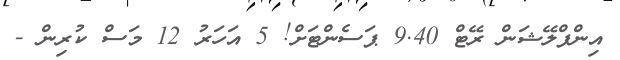
އިންފްލޭޝަން ރޭޓް 9.40 ޕަސެންޓަށް! 5 އަހަރު 12 މަސް ކުރިން -